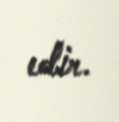
edir.